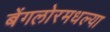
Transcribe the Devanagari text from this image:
बेंगलोरमधल्या